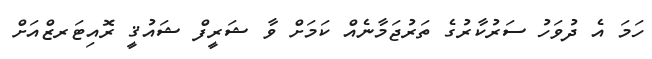
ހަމަ އެ ދުވަހު ސަރުކާރުގެ ތަރުޖަމާނެއް ކަމަށް ވާ ޝަރީފް ޝައުޤީ ރޮއިޓަރޒްއަށް